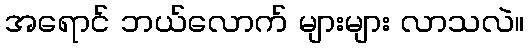
အရောင် ဘယ်လောက် များများ လာသလဲ။